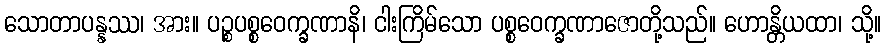
သောတာပန္နဿ၊ အား။ ပဉ္စပစ္စဝေက္ခဏာနိ၊ ငါးကြိမ်သော ပစ္စဝေက္ခဏာဇောတို့သည်။ ဟောန္တိယထာ၊ သို့။